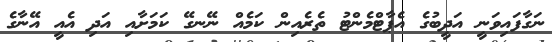
ނަގާފައިވަނީ އަދީބުގެ އެޕާޓްމެންޓު ތެރެއިން ކަމެއް ނޭނގޭ ކަމަށާއި އަދި އެއީ އޭނާގެ